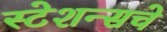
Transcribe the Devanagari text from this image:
स्टेशन्सचे